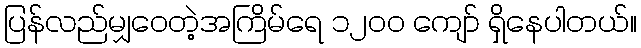
ပြန်လည်မျှဝေတဲ့အကြိမ်ရေ ၁၂၀၀ ကျော် ရှိနေပါတယ်။